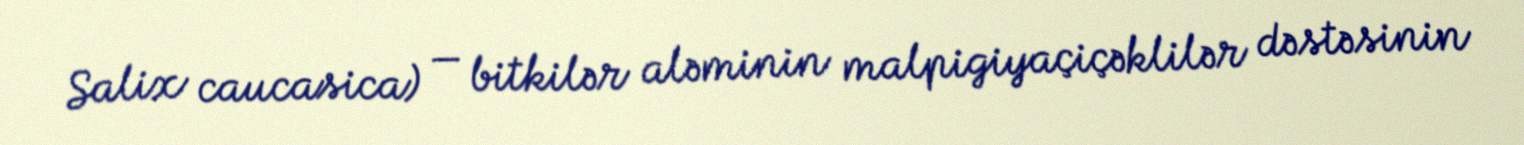
Salix caucasica) — bitkilər aləminin malpigiyaçiçəklilər dəstəsinin